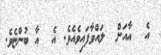
އެ  އާއަށް  ލައްވާފައިވެއެވެ. އެ  އާ ބުންޏެވެ.